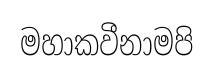
මහාකවීනාමපි